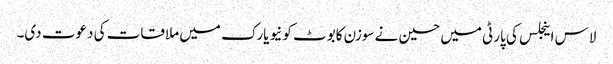
لاس اینجلس کی پارٹی میں حسین نے سوزن کابوٹ کو نیویارک میں ملاقات کی دعوت دی۔